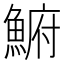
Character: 𩸅